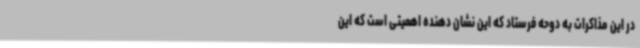
در این مذاکرات به دوحه فرستاد که این نشان دهنده اهمیتی است که این